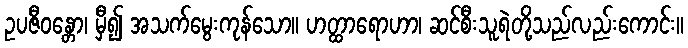
ဥပဇီဝန္တော၊ မှီ၍ အသက်မွေးကုန်သော။ ဟတ္ထာရောဟာ၊ ဆင်စီးသူရဲတို့သည်လည်းကောင်း။